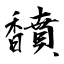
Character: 馩